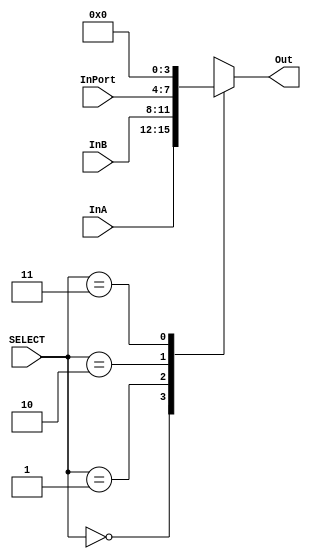
// NOTE: SELECT[0] == SELECTA, SELECT[1] == SELECTB

module DataSelector(InA, InB, InPort, SELECT, Out);
  // (D-register)
  parameter IM = 4'b0000;

  input [3:0] InA, InB, InPort;
  input [1:0] SELECT;
  output [3:0] Out;

  wire [3:0] InA, InB, InPort, Out;
  wire [1:0] SELECT;

  function [3:0] Select;
    input [1:0] SELECT;
    case (SELECT)
      2'b00: Select = InA;
      2'b01: Select = InB;
      2'b10: Select = InPort;
      2'b11: Select = IM;
    endcase
  endfunction

  assign Out = Select(SELECT);
endmodule